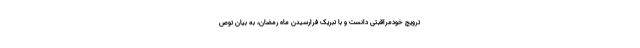
ترویج خودمراقبتی دانست و با تبریک فرارسیدن ماه رمضان، به بیان توص